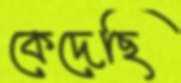
কেদেছি